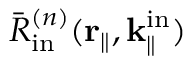
\bar { R } _ { \mathrm { i n } } ^ { ( n ) } ( \mathbf { r } _ { \parallel } , \mathbf { k } _ { \parallel } ^ { \mathrm { i n } } )